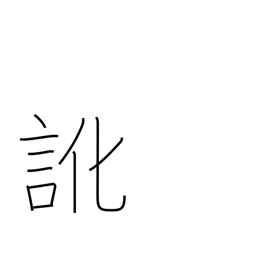
Meaning: dialect